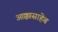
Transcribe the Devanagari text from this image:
आक्कासाहेब